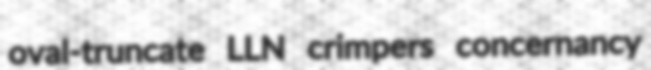
oval-truncate LLN crimpers concernancy